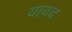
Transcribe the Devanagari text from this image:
यावद